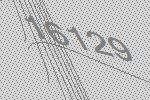
16129